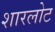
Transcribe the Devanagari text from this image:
शारलोट